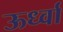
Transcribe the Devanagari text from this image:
ऊर्ध्वा